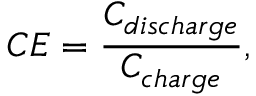
C E = \frac { C _ { d i s c h a r g e } } { C _ { c h a r g e } } ,